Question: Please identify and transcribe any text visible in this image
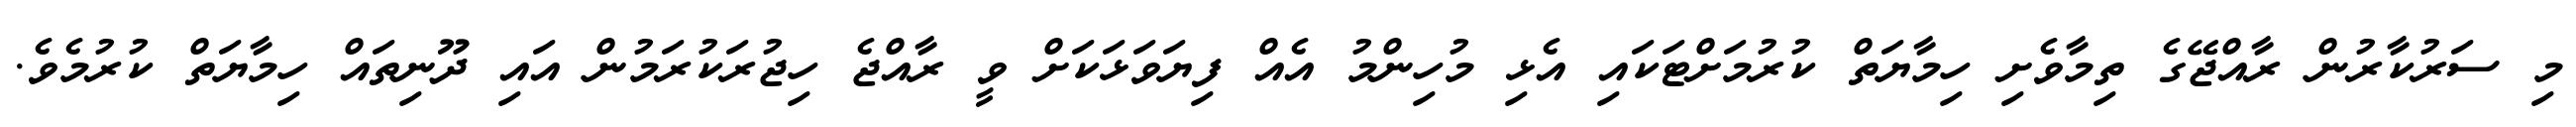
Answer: މި ސަރުކާރުން ރާއްޖޭގެ ތިމާވެށި ހިމާޔަތް ކުރުމަށްޓަކައި އެޅި މުހިންމު އެއް ފިޔަވަޅަކަށް ވީ ރާއްޖެ ހިޖުރަކުރަމުން އައި ދޫނިތައް ހިމާޔަތް ކުރުމެވެ.